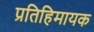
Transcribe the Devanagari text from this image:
प्रतिहिमायक